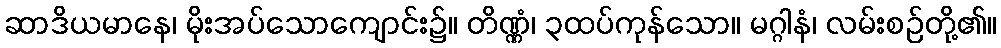
ဆာဒိယမာနေ၊ မိုးအပ်သောကျောင်း၌။ တိဏ္ဏံ၊ ၃ထပ်ကုန်သော။ မဂ္ဂါနံ၊ လမ်းစဉ်တို့၏။